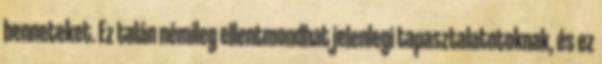
benneteket. Ez talán némileg ellentmondhat jelenlegi tapasztalatotoknak, és ez